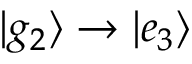
| g _ { 2 } \rangle \to | e _ { 3 } \rangle